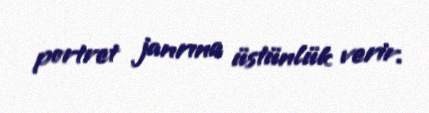
portret janrına üstünlük verir.